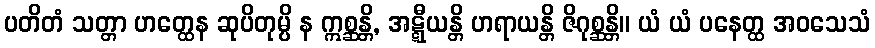
ပတိတံ သတ္တာ ဟတ္ထေန ဆုပိတုမ္ပိ န ဣစ္ဆန္တိ, အဋ္ဋီယန္တိ ဟရာယန္တိ ဇိဂုစ္ဆန္တိ။ ယံ ယံ ပနေတ္ထ အဝသေသံ